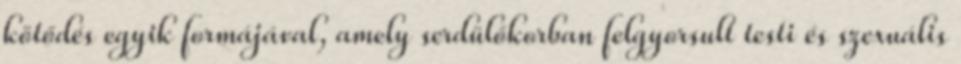
kötődés egyik formájával, amely serdülőkorban felgyorsult testi és szexuális